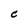
Character: C